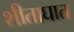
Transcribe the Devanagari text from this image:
शीताघात